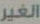
الغير